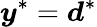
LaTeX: \boldsymbol{y}^{*}=\boldsymbol{d}^{*}